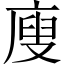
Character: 廋